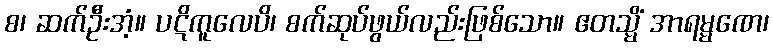
စ၊ ဆက်ဦးအံ့။ ပဋိကူလေပိ၊ စက်ဆုပ်ဖွယ်လည်းဖြစ်သော။ ဧတသ္မိံ အာရမ္မဏေ၊